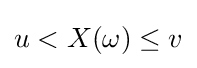
u<X(\omega )\leq v